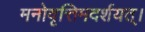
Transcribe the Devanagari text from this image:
मनोवृत्तिमदर्शयत्।